Annual statistical returns and brief notes on vaccination in Bengal - 1896-1909
Year: 1896
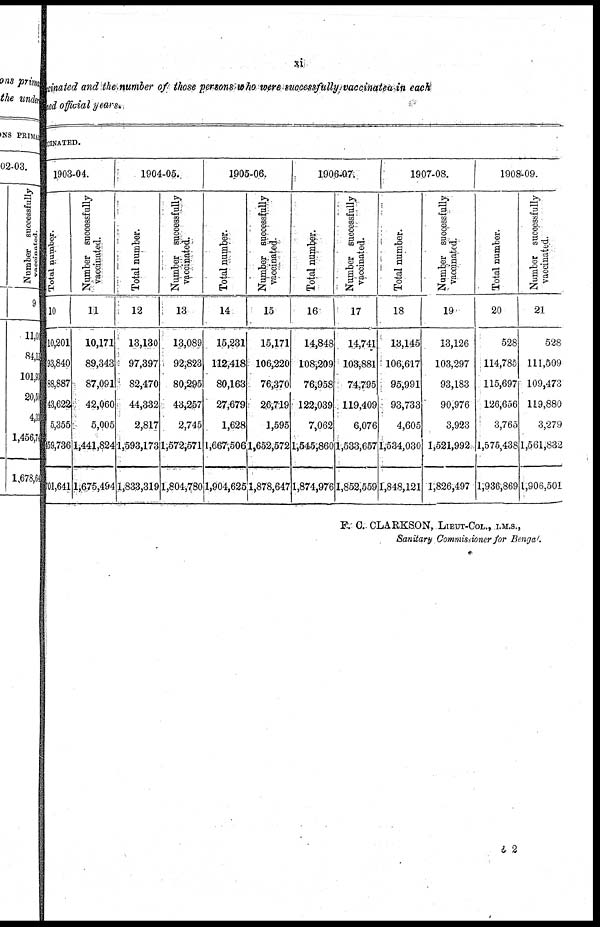
xi
vaccinated and the number of those persons who were successfully vaccinated in each
ned official years.
CCINATED.
1903-04.
Total number.
10
10,201
93,840
88,887
43,622
5,355
159,736
01,641
Number successfully
vaccinated.
11
10,171
89,343
87,091
42,060
5,005
1,441,824
1,675,494
1904-05.
Total number.
12
13,130
97,397
82,470
44,332
2,817
1,593,173
1,833,319
Number successfully
vaccinated.
13
13,089
92,823
80,295
43,257
2,745
1,572,571
1,804,780
1905-06.
Total number.
14
15,231
112,418
80,163
27,679
1,628
l,667,506
1,904,625
Number successfully
vaccinated.
15
15,171
106,220
76,370
26,719
1,595
1,652,572
1,878,647
1906-07.
Total number.
16
14,848
108,209
76,958
122,039
7,062
1,545,860
1,874,976
Number successfully
vaccinated.
17
14,741
103,881
74,795
119,409
6,076
1,533,657
1,852,559
1907-08.
Total number.
18
13,145
106,617
95,991
93,733
4,605
1,534,030
1,848,121
Number successfully
vaccinated.
19
13,126
103,297
93,183
90,976
3,923
1,521,992
1,826,497
1908-09.
Total number.
20
528
114,785
115,697
126,656
3,765
1,575,438
l,936,869
Number successfully
vaccinated.
21
528
111,509
109,473
119,880
3,279
1,561,832
1,906,501
F. C. CLARKSON, LIEUT-COL., I.M.S.,
Sanitary Commissioner for Bengal.
b2